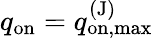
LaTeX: q_{\mathrm{on}}=q_{\mathrm{on,max}}^{\mathrm{(J)}}